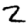
Digit: 2